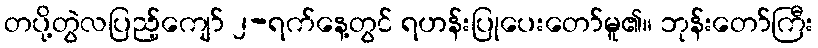
တပို့တွဲလပြည့်ကျော် ၂-ရက်နေ့တွင် ရဟန်းပြုပေးတော်မူ၏။ ဘုန်းတော်ကြီး